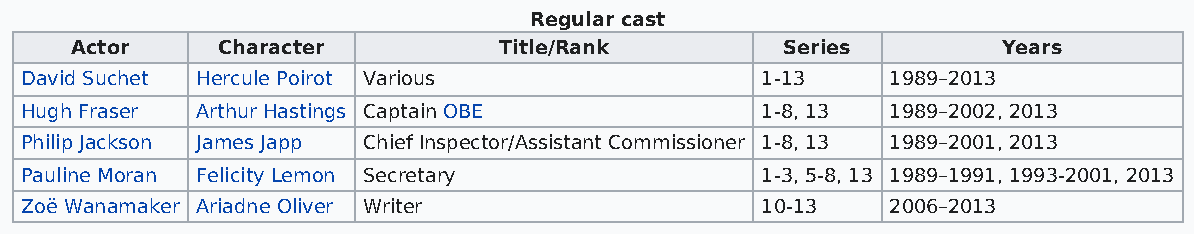
Regular cast
 Actor    Character          Title/Rank         Series        Years
 David Suchet Hercule Poirot Various              1-13     1989–2013
 Hugh Fraser Arthur Hastings Captain OBE          1-8, 13  1989–2002, 2013
 Philip Jackson James Japp Chief Inspector/Assistant Commissioner 1-8, 13 1989–2001, 2013
 Pauline Moran Felicity Lemon Secretary           1-3, 5-8, 13 1989–1991, 1993-2001, 2013
 Zoë Wanamaker Ariadne Oliver Writer              10-13    2006–2013